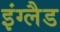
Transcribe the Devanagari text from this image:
इंग्‍लैड